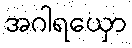
အဂါရယှော